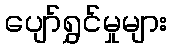
ပျော်ရွှင်မှုများ